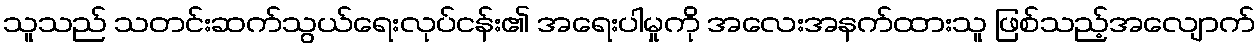
သူသည် သတင်းဆက်သွယ်ရေးလုပ်ငန်း၏ အရေးပါမှုကို အလေးအနက်ထားသူ ဖြစ်သည့်အလျောက်